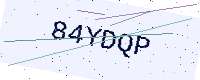
Text: 84YDQP